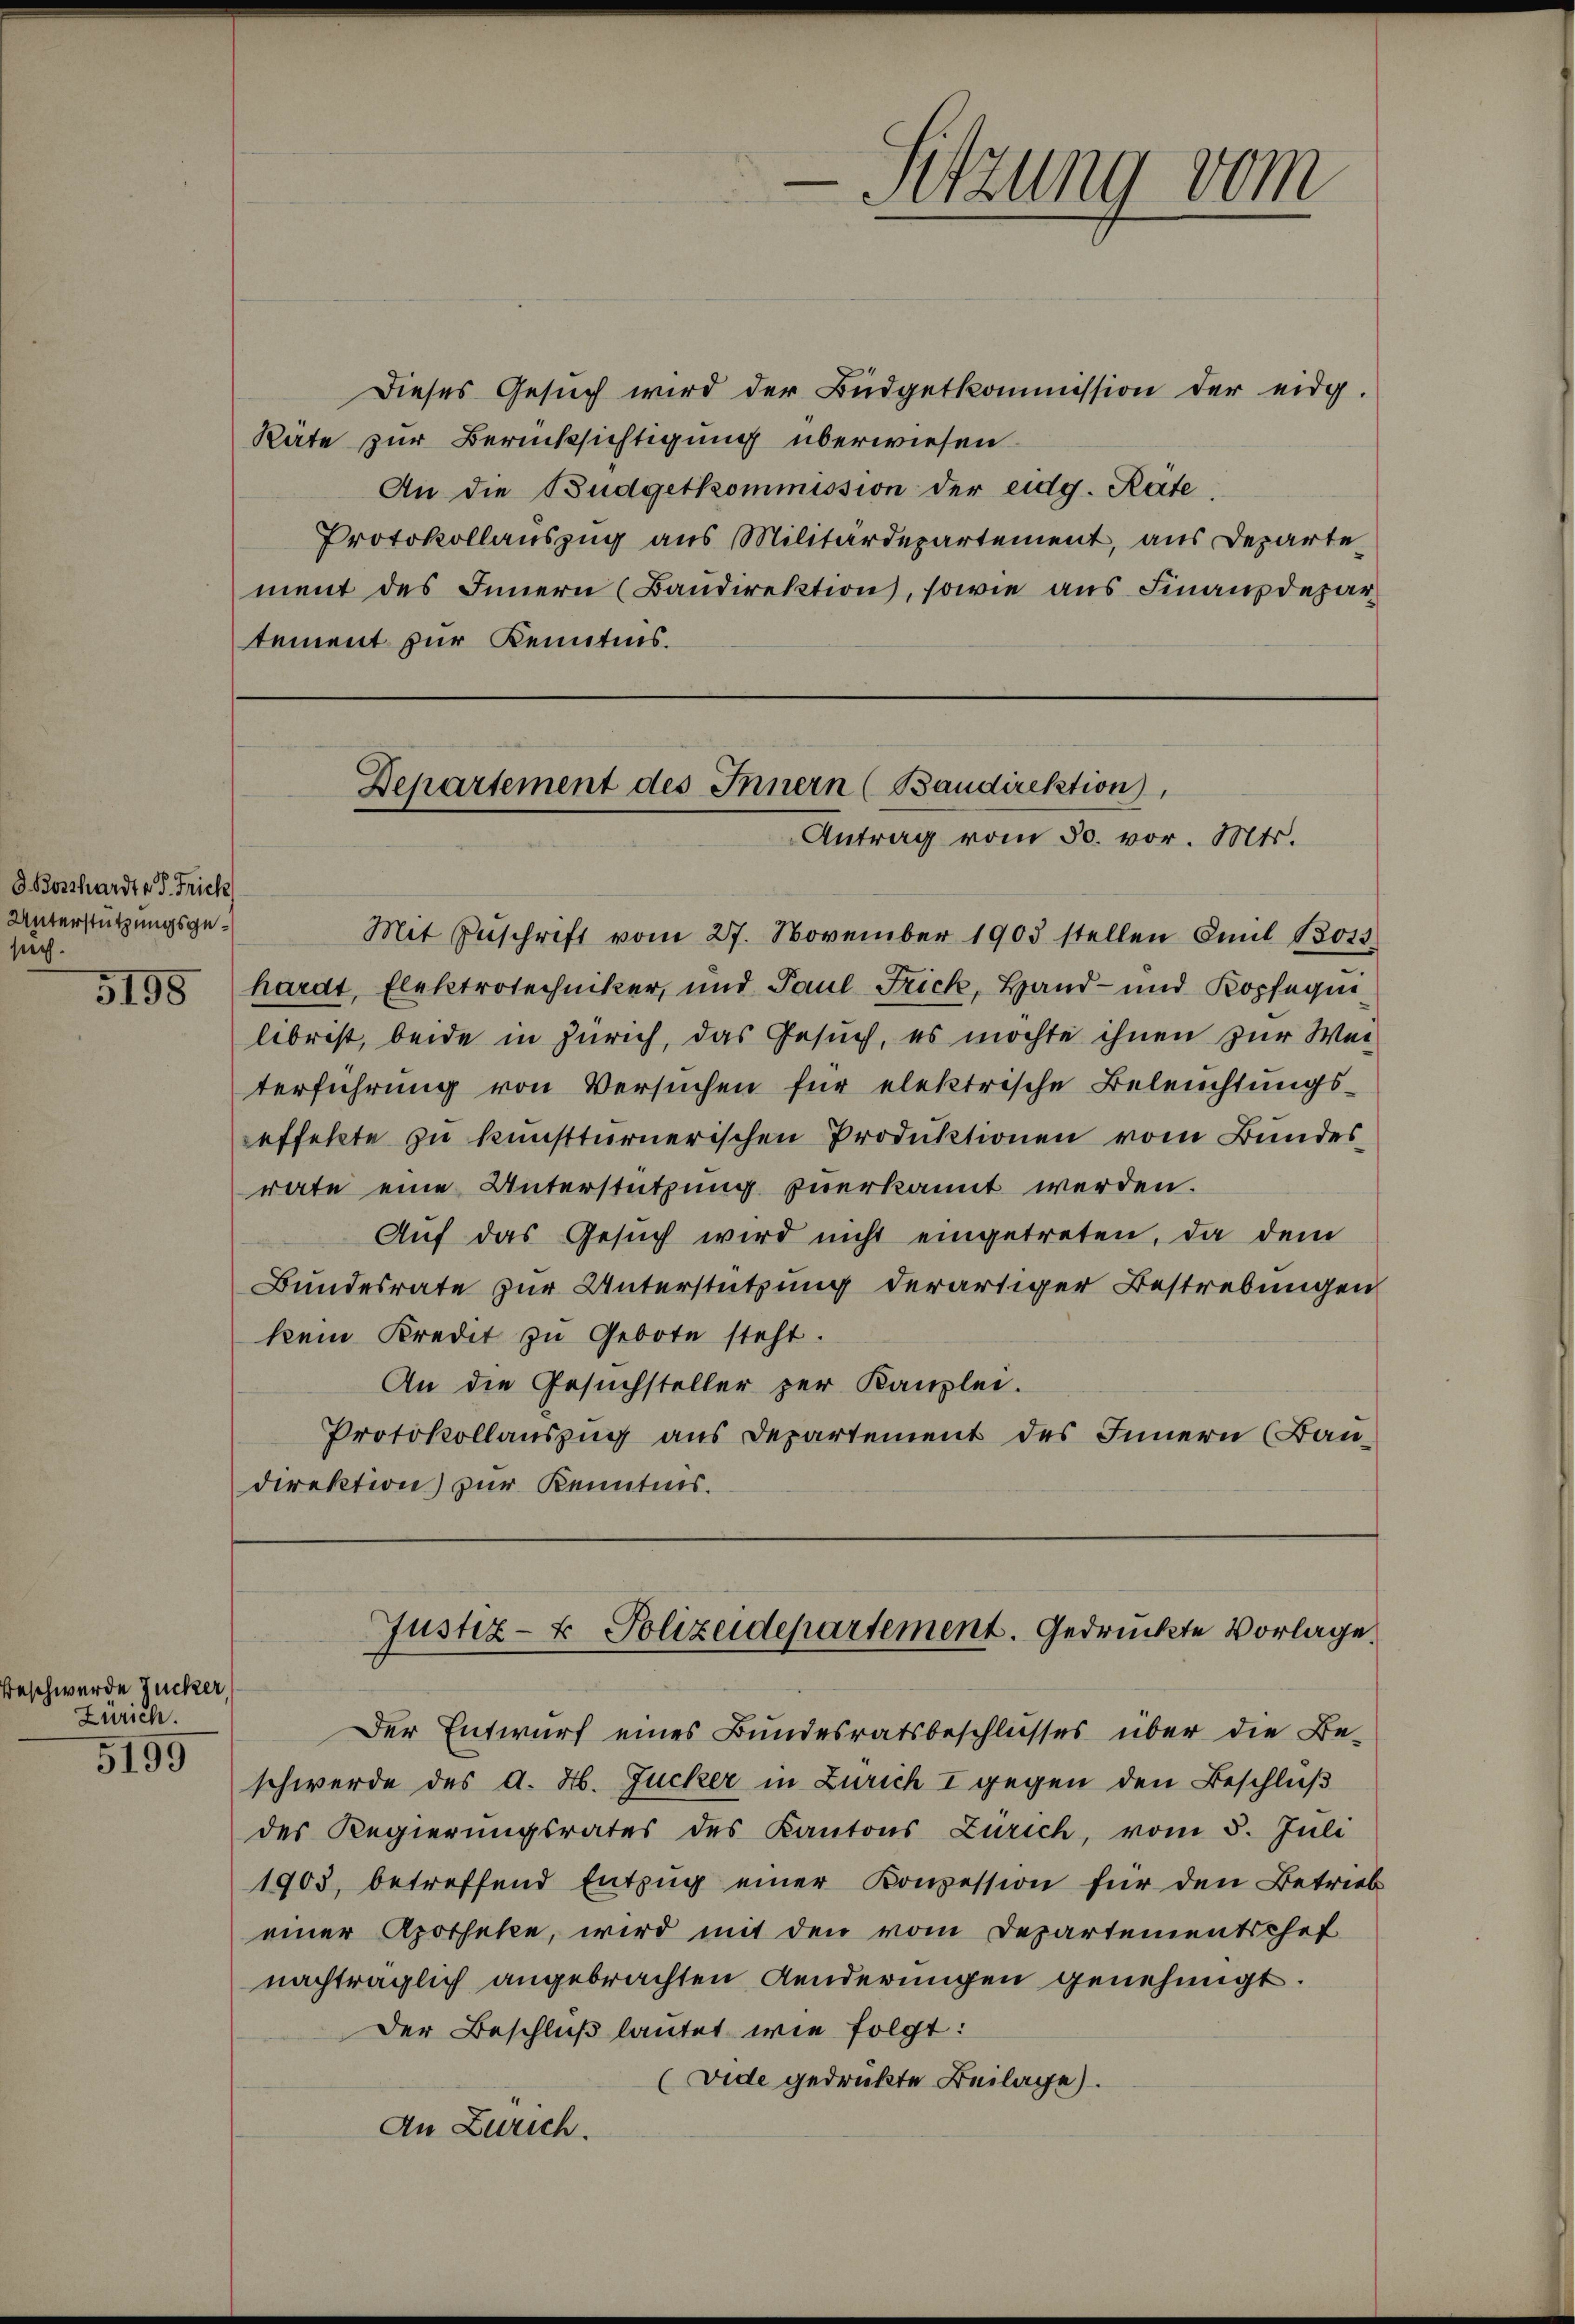
d. Bosthardt e P. Frick
Unterstützungsgesuch.

5158

beschwerde Zucker,
Zürich.

5199

Dieses Gesŭch wird der Büdgetkommission der eidg.
Rate zur Berücksichtigung überwiesen.
An die Budgetkommission der eidg. Rate.
Protokollauszug aus Militärdepartement, aus Departe
ment des Innern (Baudirektion, sowie aus Finanzdepar
tement zur Kenntnis.
Mit Zŭschrift vom 27. November 1903 stellen Emil 13013
hardt, Elektrotechniker, und Paul Frick, Hand- und Kopfequilibrist, beide in Zürich, das Gesuch, es möchte ihnen zur Weiterführung von Versuchen für elektrische Beleŭchtŭngs-
effekte zu kunstturnerischen Produktionen vom Bundes
rate eine Unterstützung zuerkannt werden.
Auf das Gesuch wird nicht eingetreten, da dem
Bundesrate zur Unterstützung derartiger Bestrebungen
kein Kredit zu Gebote steht.
An die Gesuchsteller zur Kanzlei.
Protokollauszug aus Departement des Innern (Baudirektion zur Kenntnis.

Departement des Innern (Baudirektion,
Antrag vom 30. vor. Mts.

-Sitzung vom
u
e

Justiz- & Polizeidepartement. Gedruckte Vorlage

Der Entwurf eines Bundesratsbeschlusses über die Be-
schwerde des d. H. Zucker in Zürich I gegen den Beschluß
des Regierungsrates des Kantons Zürich, vom 5. Juli
1903, betreffend Entzŭg einer Konzession für den Betrieb
einer Apotheke, wird mit den vom Departementschef
nachträglich angebrachten Aenderungen genehmigt.
Der Beschluß lautet wie folgt:
(vide gedruckte Beilage).
An Zürich.